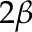
2 \beta